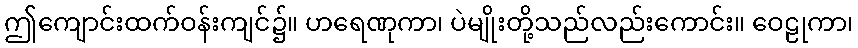
ဤကျောင်းထက်ဝန်းကျင်၌။ ဟရေဏုကာ၊ ပဲမျိုးတို့သည်လည်းကောင်း။ ဝေဠုကာ၊